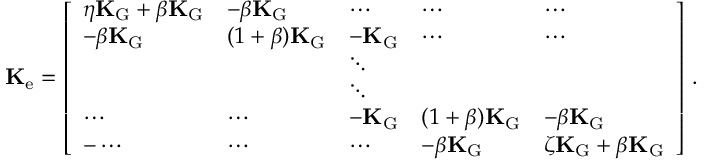
\mathbf { K } _ { \mathrm { e } } = \left[ \begin{array} { l l l l l } { \eta \mathbf { K } _ { \mathrm { G } } + \beta \mathbf { K } _ { \mathrm { G } } } & { - \beta \mathbf { K } _ { \mathrm { G } } } & { \cdots } & { \cdots } & { \cdots } \\ { - \beta \mathbf { K } _ { \mathrm { G } } } & { ( 1 + \beta ) \mathbf { K } _ { \mathrm { G } } } & { - \mathbf { K } _ { \mathrm { G } } } & { \cdots } & { \cdots } \\ & & { \ddots } & & \\ & & { \ddots } & & \\ { \cdots } & { \cdots } & { - \mathbf { K } _ { \mathrm { G } } } & { ( 1 + \beta ) \mathbf { K } _ { \mathrm { G } } } & { - \beta \mathbf { K } _ { \mathrm { G } } } \\ { - \cdots } & { \cdots } & { \cdots } & { - \beta \mathbf { K } _ { \mathrm { G } } } & { \zeta \mathbf { K } _ { \mathrm { G } } + \beta \mathbf { K } _ { \mathrm { G } } } \end{array} \right] \, .